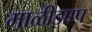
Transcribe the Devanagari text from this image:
माळीझाप